画像に写った文字を読んでください
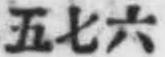
「五七六」と書いてあります